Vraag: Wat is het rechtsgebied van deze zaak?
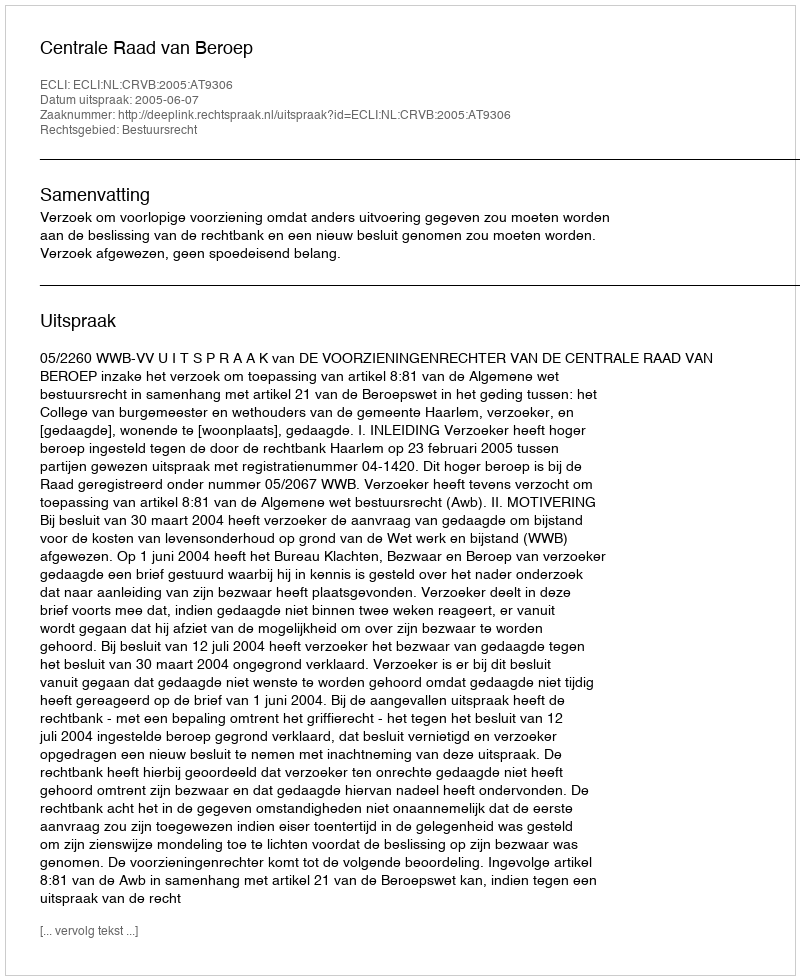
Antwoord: Bestuursrecht